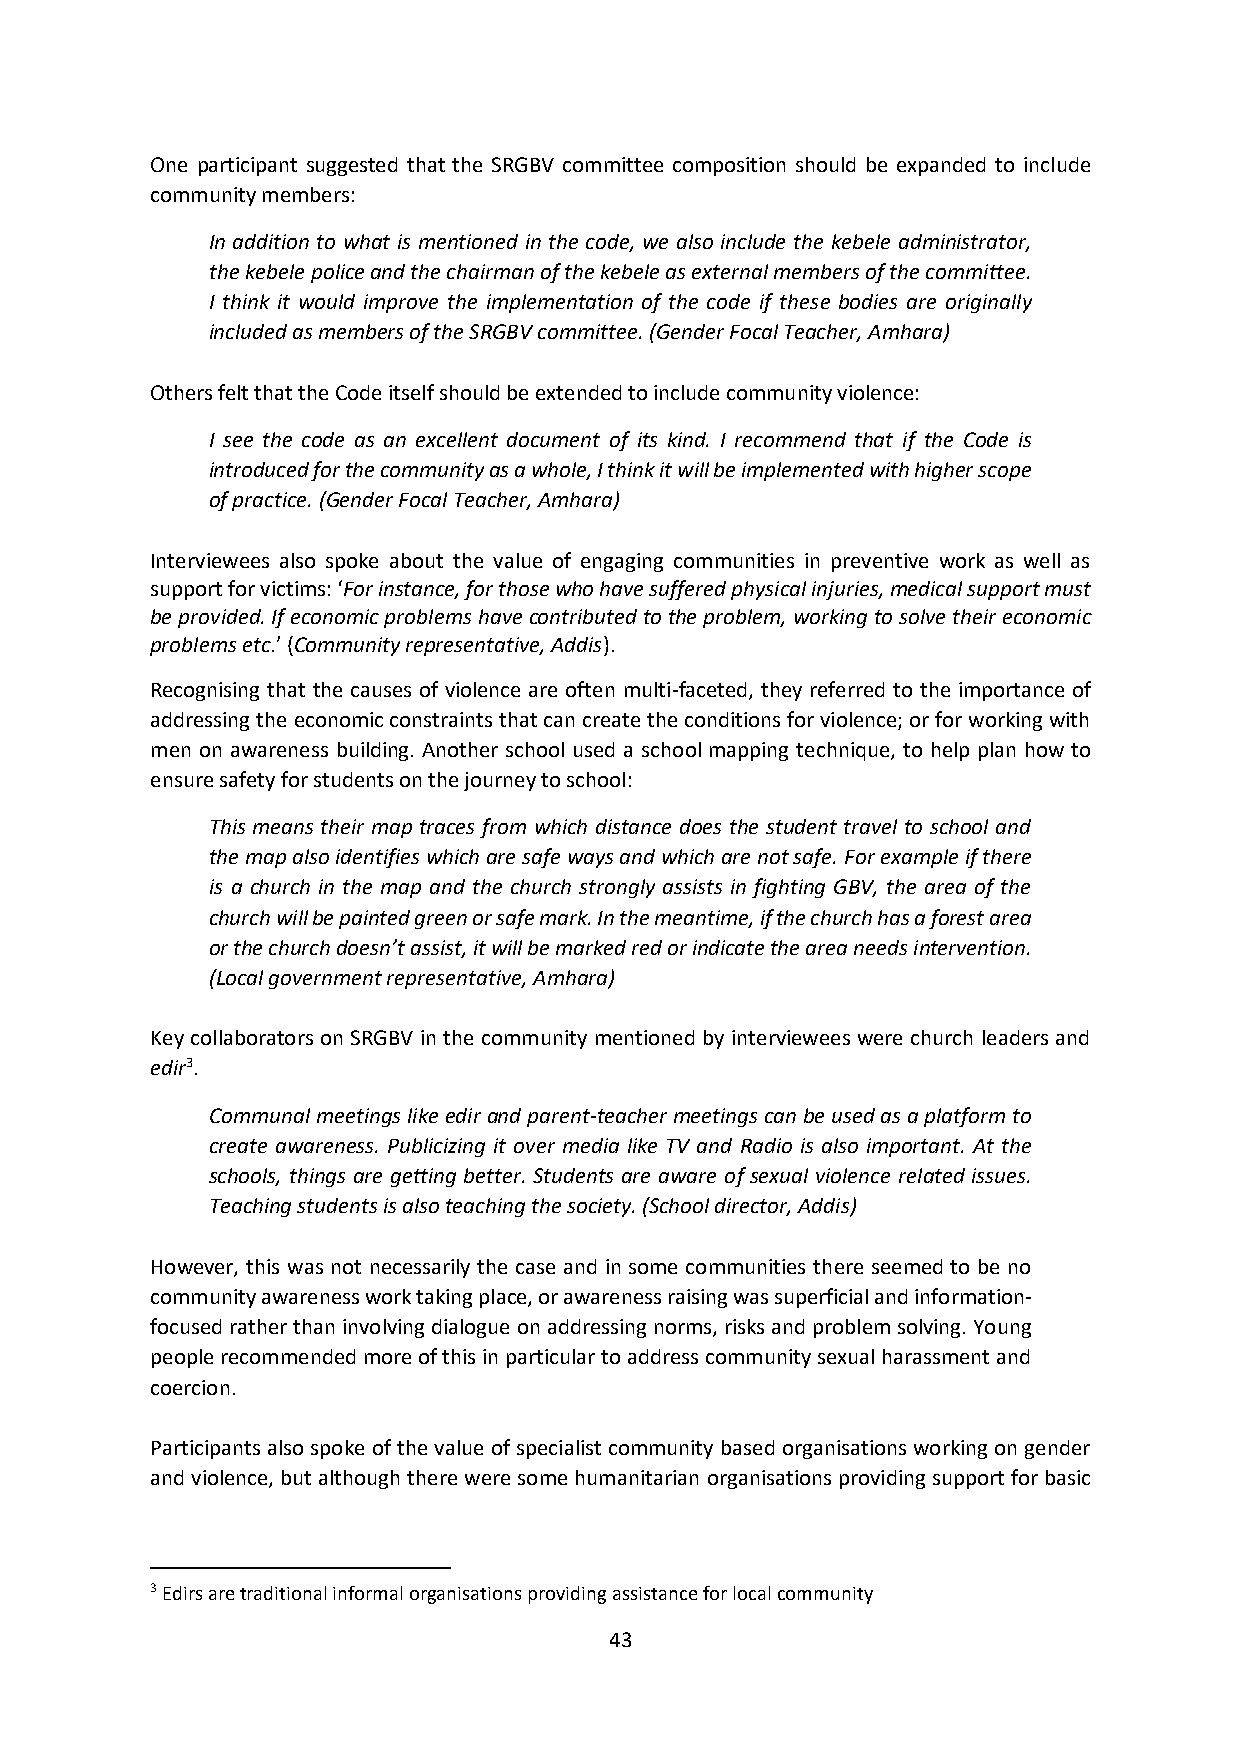
One participant suggested that the SRGBV committee composition should be expanded to include
 community members:
 In addition to what is mentioned in the code, we also include the kebele administrator,
 the kebele police and the chairman of the kebele as external members of the committee.
 I think it would improve the implementation of the code if these bodies are originally
 included as members of the SRGBV committee. (Gender Focal Teacher, Amhara)
 Others felt that the Code itself should be extended to include community violence:
 I see the code as an excellent document of its kind. I recommend that if the Code is
 introduced for the community as a whole, I think it will be implemented with higher scope
 of practice. (Gender Focal Teacher, Amhara)
 Interviewees also spoke about the value of engaging communities in preventive work as well as
 support for victims: ‘For instance, for those who have suffered physical injuries, medical support must
 be provided. If economic problems have contributed to the problem, working to solve their economic
 problems etc.’ (Community representative, Addis).
 Recognising that the causes of violence are often multi-faceted, they referred to the importance of
 addressing the economic constraints that can create the conditions for violence; or for working with
 men on awareness building. Another school used a school mapping technique, to help plan how to
 ensure safety for students on the journey to school:
 This means their map traces from which distance does the student travel to school and
 the map also identifies which are safe ways and which are not safe. For example if there
 is a church in the map and the church strongly assists in fighting GBV, the area of the
 church will be painted green or safe mark. In the meantime, if the church has a forest area
 or the church doesn’t assist, it will be marked red or indicate the area needs intervention.
 (Local government representative, Amhara)
 Key collaborators on SRGBV in the community mentioned by interviewees were church leaders and
 edir3.
 Communal meetings like edir and parent-teacher meetings can be used as a platform to
 create awareness. Publicizing it over media like TV and Radio is also important. At the
 schools, things are getting better. Students are aware of sexual violence related issues.
 Teaching students is also teaching the society. (School director, Addis)
 However, this was not necessarily the case and in some communities there seemed to be no
 community awareness work taking place, or awareness raising was superficial and information-
 focused rather than involving dialogue on addressing norms, risks and problem solving. Young
 people recommended more of this in particular to address community sexual harassment and
 coercion.
 Participants also spoke of the value of specialist community based organisations working on gender
 and violence, but although there were some humanitarian organisations providing support for basic
 3 Edirs are traditional informal organisations providing assistance for local community
 43